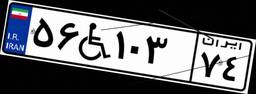
۵۶W۱۰۳۷۴